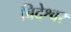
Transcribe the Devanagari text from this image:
बिदेश्वर